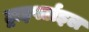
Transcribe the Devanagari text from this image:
ट्राइपर्टाइल